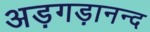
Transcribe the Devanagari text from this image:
अड़गड़ानन्द